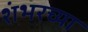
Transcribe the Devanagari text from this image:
शंभरच्या